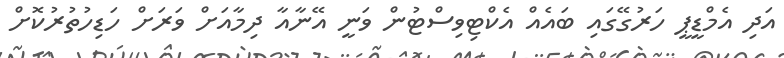
އަދި އެމްޑީޕީ ހަރުގޭގައި ބައެއް އެކްޓިވިސްޓުން ވަނީ އޭނާއާ ދިމާއަށް ވަރަށް ހަޑިހުތުރުކޮށް